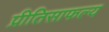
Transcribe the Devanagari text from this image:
प्रीतिसाफल्य